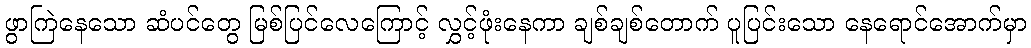
ဖွာကြဲနေသော ဆံပင်တွေ မြစ်ပြင်လေကြောင့် လွှင့်ဖုံးနေကာ ချစ်ချစ်တောက် ပူပြင်းသော နေရောင်အောက်မှာ